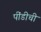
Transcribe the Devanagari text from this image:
पींडीची